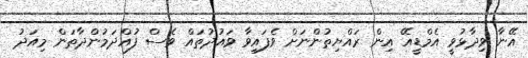
އޭނާ ވިދާޅުވީ އެމްޑީއޭ އިން ރައްޔިތުންނަށް ވެފައިވާ ވައުދުތައް ވެސް ފުއްދަމުންދާތަން މިއަދު